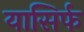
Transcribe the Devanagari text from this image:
यासिर्फ